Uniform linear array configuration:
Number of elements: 8
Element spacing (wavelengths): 0.25
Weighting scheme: hann
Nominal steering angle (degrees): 45
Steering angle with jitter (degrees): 46.561
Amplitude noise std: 0.05
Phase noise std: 0.05

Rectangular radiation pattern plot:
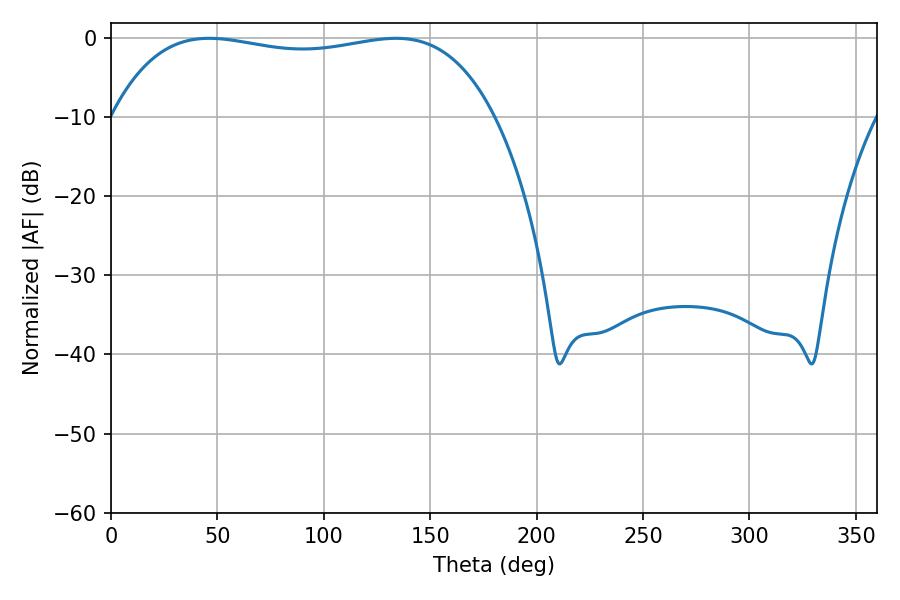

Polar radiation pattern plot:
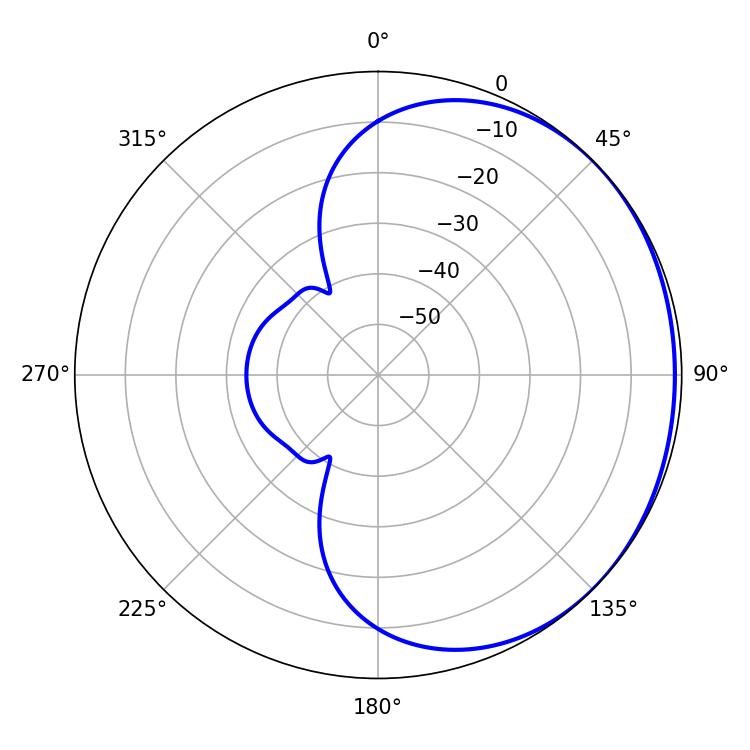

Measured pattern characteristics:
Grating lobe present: FALSE
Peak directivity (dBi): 0.8375
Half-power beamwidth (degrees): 144.36
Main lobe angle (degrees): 46.08